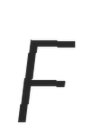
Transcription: F